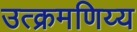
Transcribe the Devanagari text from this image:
उत्क्रमणिय्य